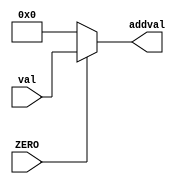
module branch_mux(input[7:0] val, input ZERO, output[7:0] addval); /*getting output ZERO value from alu
and if ZERO == 0 dont consider any jump or beq condition, otherwise consider jump or beq value*/

reg addval;

always@(*)begin
	if(ZERO == 1)begin
		addval = val; //sending output value(number of instructions to jump) to sign extender
	end
	else begin
		addval = 8'b0;	//setting add value to zero
	end
end
endmodule